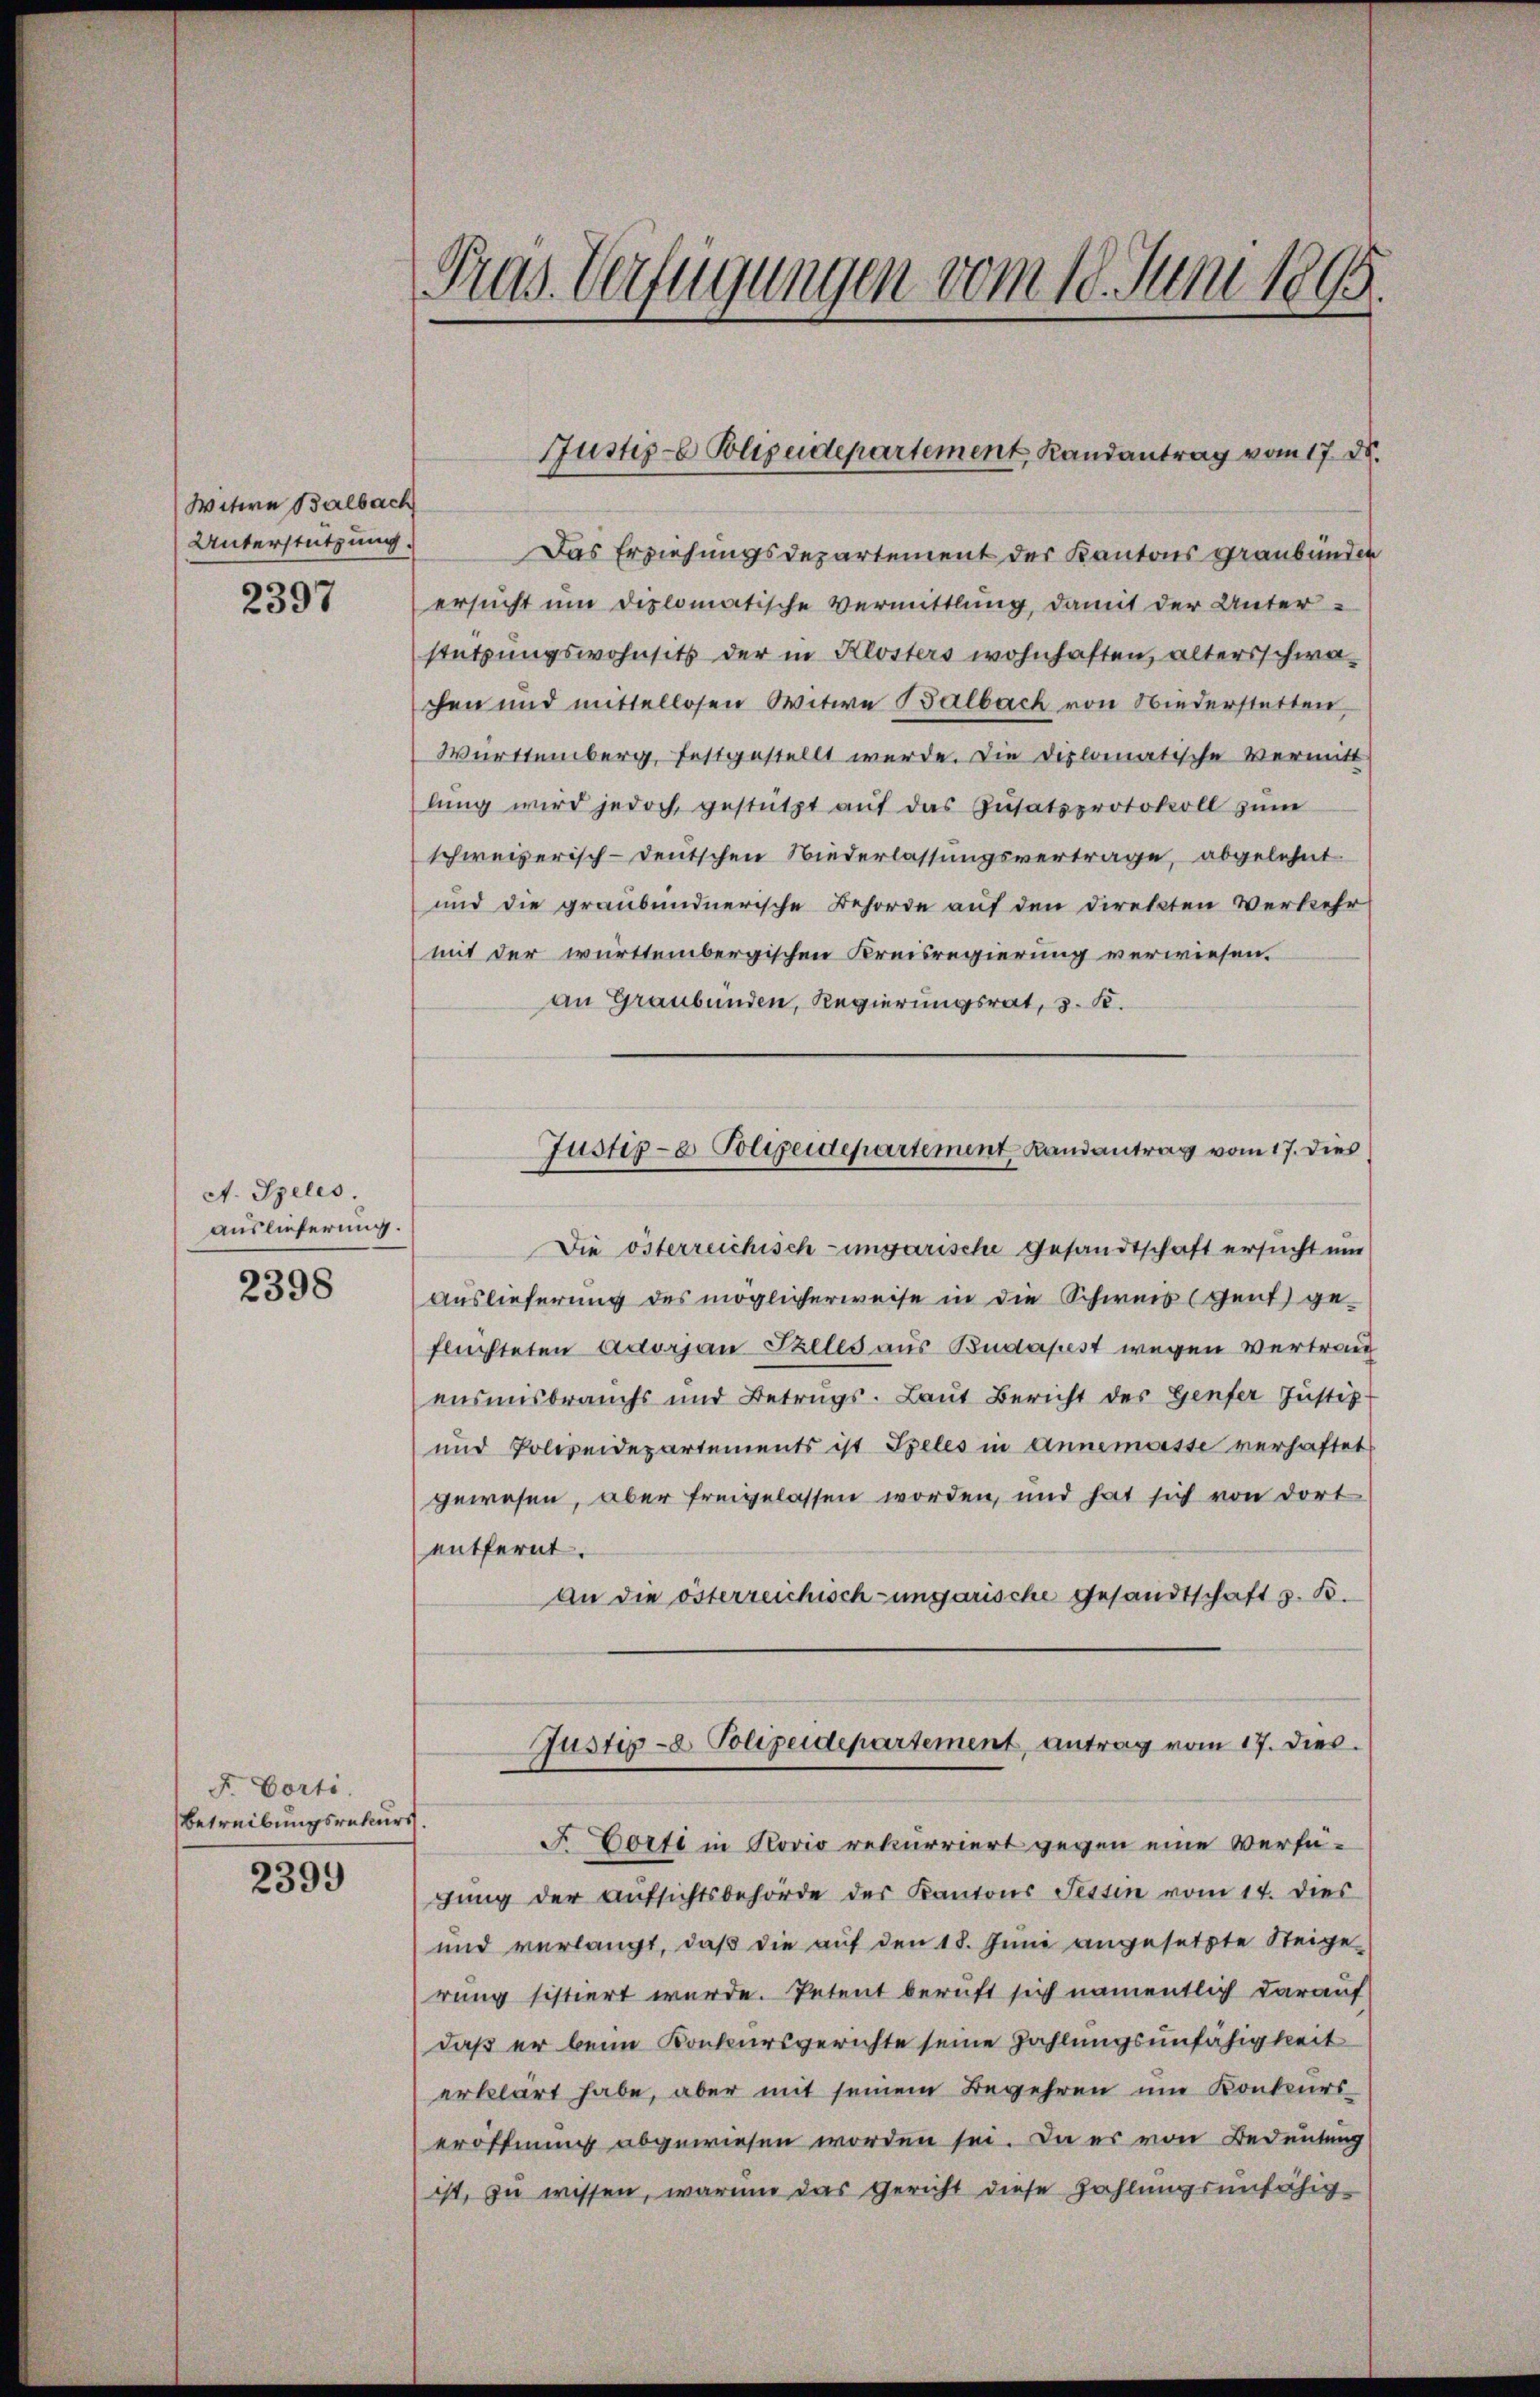
Witern Balbach
Unterstützung.

2397

A. Speles.
auslieferung.

2398

F. Corti
Betreibungsrekurs

2399

Pras. Verfügungen vom 18. Juni 1895.

Das Erziehungsdepartement der Kantons Graubünden
ersucht um diplomatische Vermittlung, damit der Unter-
stützungswohnsitz der in Klosters wohnhaften, altersschwachen und mittellosen Witwe Balbach von Niederstatten
Württemberg, festgestellt werde. Die Diplomatische Vermitt
lŭng wird jedoch gestützt aŭf das Zusatzprotokoll zŭm
schweizerisch-deutschen Niederlassungsvertrage, abgelehnt.
und die graubündnerische Behörde auf den Direkten Verkehr
mit der württembergischen Kreisregierung verwiesen.
an Graubünden, Regierungsrat, 3. K.
Die österreichisch-ungarische gesandtschaft ersucht um
Auslieferung des möglicherweise in die Schweis (Gent geflüchteten Adorjan Falles aus Budapest wegen Vertrau
ensmisbrauchs und Betrugs- Laut Bericht des Genfer Justiz
und Polizeidepartements ist Spelés in Annemoisse verhaftet
gewesen, aber freigelassen worden, und hat sich von dort
entfernt.
An die österreichisch-ungarische Gesandtschaft z. B.
Justiz- & Polizeidepartement, antrag vom 17. dies
F. Dorfe in Kovio rekurriert gegen eine Verfügŭng der Aŭfsichtsbehörde des Kantons Tessin vom 14. dies
und verlangt, daß die auf den 18. Juni angesetzte Steige
rung sistiert wurde. Petent beruft sich namentlich darauf
daß er beim Konkursgerichte seine Zahlungsunfähigkeit
erklärt habe, aber mit seinem Begehren um Konkurs-
eröffnung abgewiesen worden sei. Da es von Bedeutung
ist, zu wissen, warum das Gericht diese Zahlungsunfähig-

Justiz- Polizeidepartement, Randantrag vom 17. d.

Justiz- & Polizeidepartement Landantrag vom 17. dies